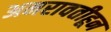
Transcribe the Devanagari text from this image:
अमरावतीहून